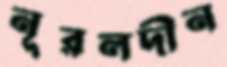
নূরলদীন